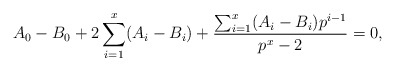
\begin{align*}A_0 - B_0 + 2 \sum_{i=1}^x (A_i - B_i) + \frac{\sum_{i=1}^x (A_i - B_i)p^{i-1}}{p^x-2} = 0,\end{align*}